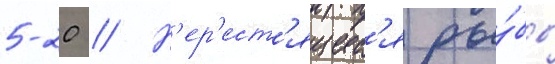
5-20 // Н'ер'ест'ящиес'я ры́бы